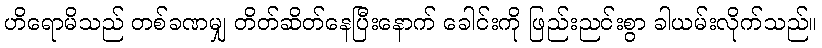
ဟိရောမိသည် တစ်ခဏမျှ တိတ်ဆိတ်နေပြီးနောက် ခေါင်းကို ဖြည်းညင်းစွာ ခါယမ်းလိုက်သည်။